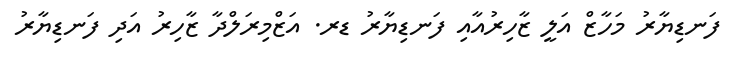
ފަނޑިޔާރު މަހާޒް އަލީ ޒާހިރުއާއި ފަނޑިޔާރު ޑރ. އަޒްމިރަލްދާ ޒާހިރު އަދި ފަނޑިޔާރު